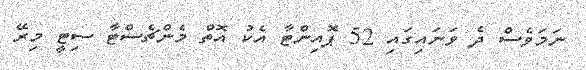
ނަމަވެސް ދެ ވަނައިގައި 52 ޕޮއިންޓާ އެކު އޮތް މެންޗެސްޓާ ސިޓީ މިރޭ